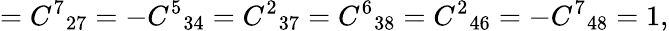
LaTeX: ={C^{7}}_{27}=-{C^{5}}_{34}={C^{2}}_{37}={C^{6}}_{38}={C^{2}}_{46}=-{C^{7}}_{48}=1,